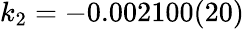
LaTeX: k_{2}=-0.002100(20)